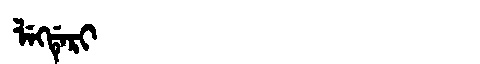
Manchu: ᠯᡝᡴᡩᡝᡵᡳ
Romanization: LEKDERI